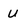
Character: u